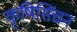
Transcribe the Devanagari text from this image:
कृषिसिंचन